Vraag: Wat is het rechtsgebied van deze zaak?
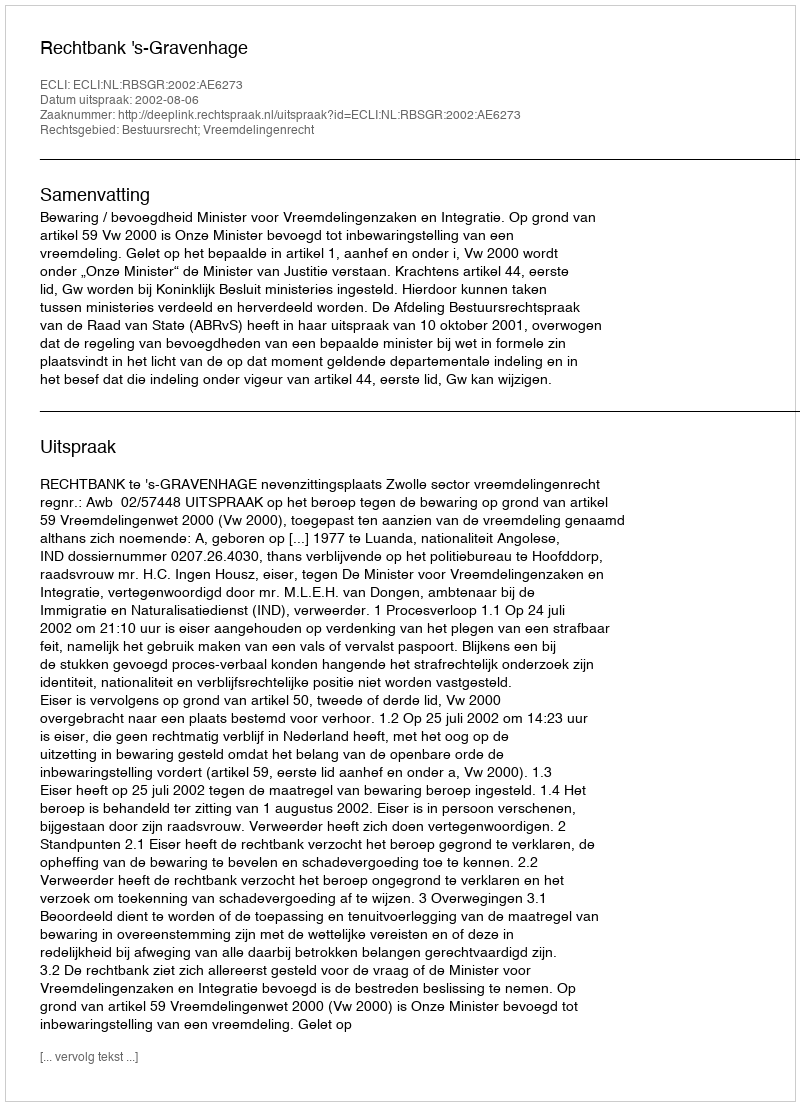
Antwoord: Bestuursrecht; Vreemdelingenrecht